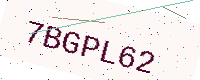
Text: 7BGPL62